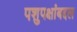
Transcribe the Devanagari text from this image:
पशुपक्षांबद्दल